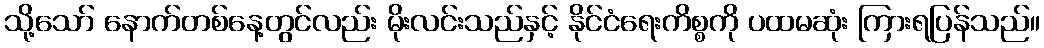
သို့သော် နောက်တစ်နေ့တွင်လည်း မိုးလင်းသည်နှင့် နိုင်ငံရေးကိစ္စကို ပထမဆုံး ကြားရပြန်သည်။